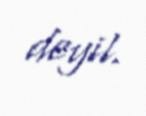
deyil.